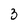
Character: 3